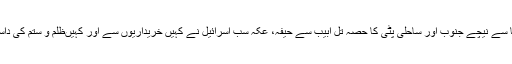
صرف ایک سال بعد 1947ءمیں بیرشیبا سے نیچے جنوب اور ساحلی پٹی کا حصّہ تل ابیب سے حیفہ، عکہ سب اسرائیل نے کہیں خریداریوں سے اور کہیںظلم و ستم کی داستانیں رقم کرتے ہوئے حاصل کر لیا تھا۔